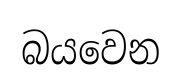
බයවෙන